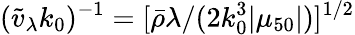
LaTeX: (\tilde{v}_{\lambda}k_{0})^{-1}=[{\bar{\rho}}\lambda/(2k_{0}^{3}|\mu_{50}|)]^{1/2}